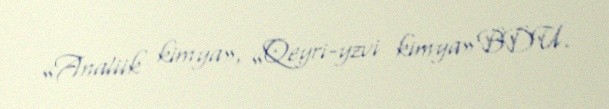
«Analiik kimya», «Qeyri-yzvi kimya» BDU.